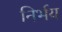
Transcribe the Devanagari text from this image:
निर्भय